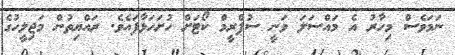
ނަމަވެސް މިހާރު އެ މައްސަލަ ވަނީ ސުޕްރީމް ކޯޓަށް ހުށަހަޅާފައެވެ. ރައްޔިތުން މަޖިލީހުގެ